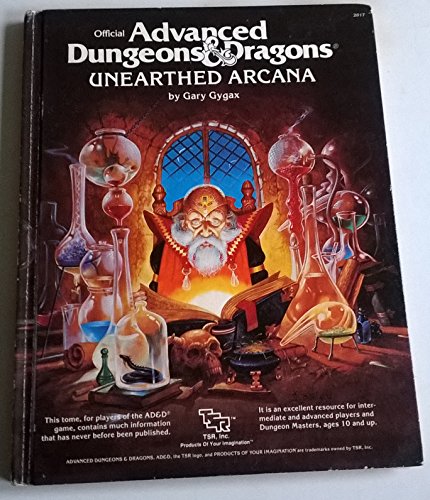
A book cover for Official Advanced Dungeons and Dragons, Unearthed Arcana; Gary Gygax; Humor & Entertainment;